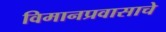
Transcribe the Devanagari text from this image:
विमानप्रवासाचे